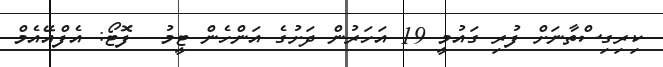
ކިރިގިސްތާނަށް ފުރި ގައުމީ 19 އަހަރުން ދަށުގެ އަންހެން ޓީމު-- ފޮޓޯ: އެފްއޭއެމް